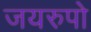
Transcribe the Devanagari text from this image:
जयरुपो